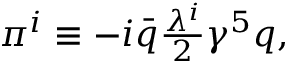
\begin{array} { r } { \pi ^ { i } \equiv - i \bar { q } \frac { \lambda ^ { i } } { 2 } \gamma ^ { 5 } q , } \end{array}